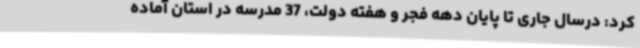
کرد: درسال جاری تا پایان دهه فجر و هفته دولت، 37 مدرسه در استان آماده